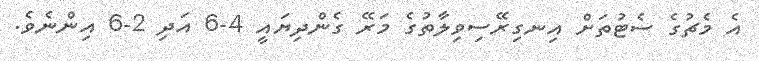
އެ މެޗުގެ ސެޓުތަށް އިނގިރޭސިވިލާތުގެ މަރޭ ގެންދިޔައީ 4-6 އަދި 2-6 އިންނެވެ.